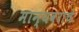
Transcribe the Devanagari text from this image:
मान्यवराचे